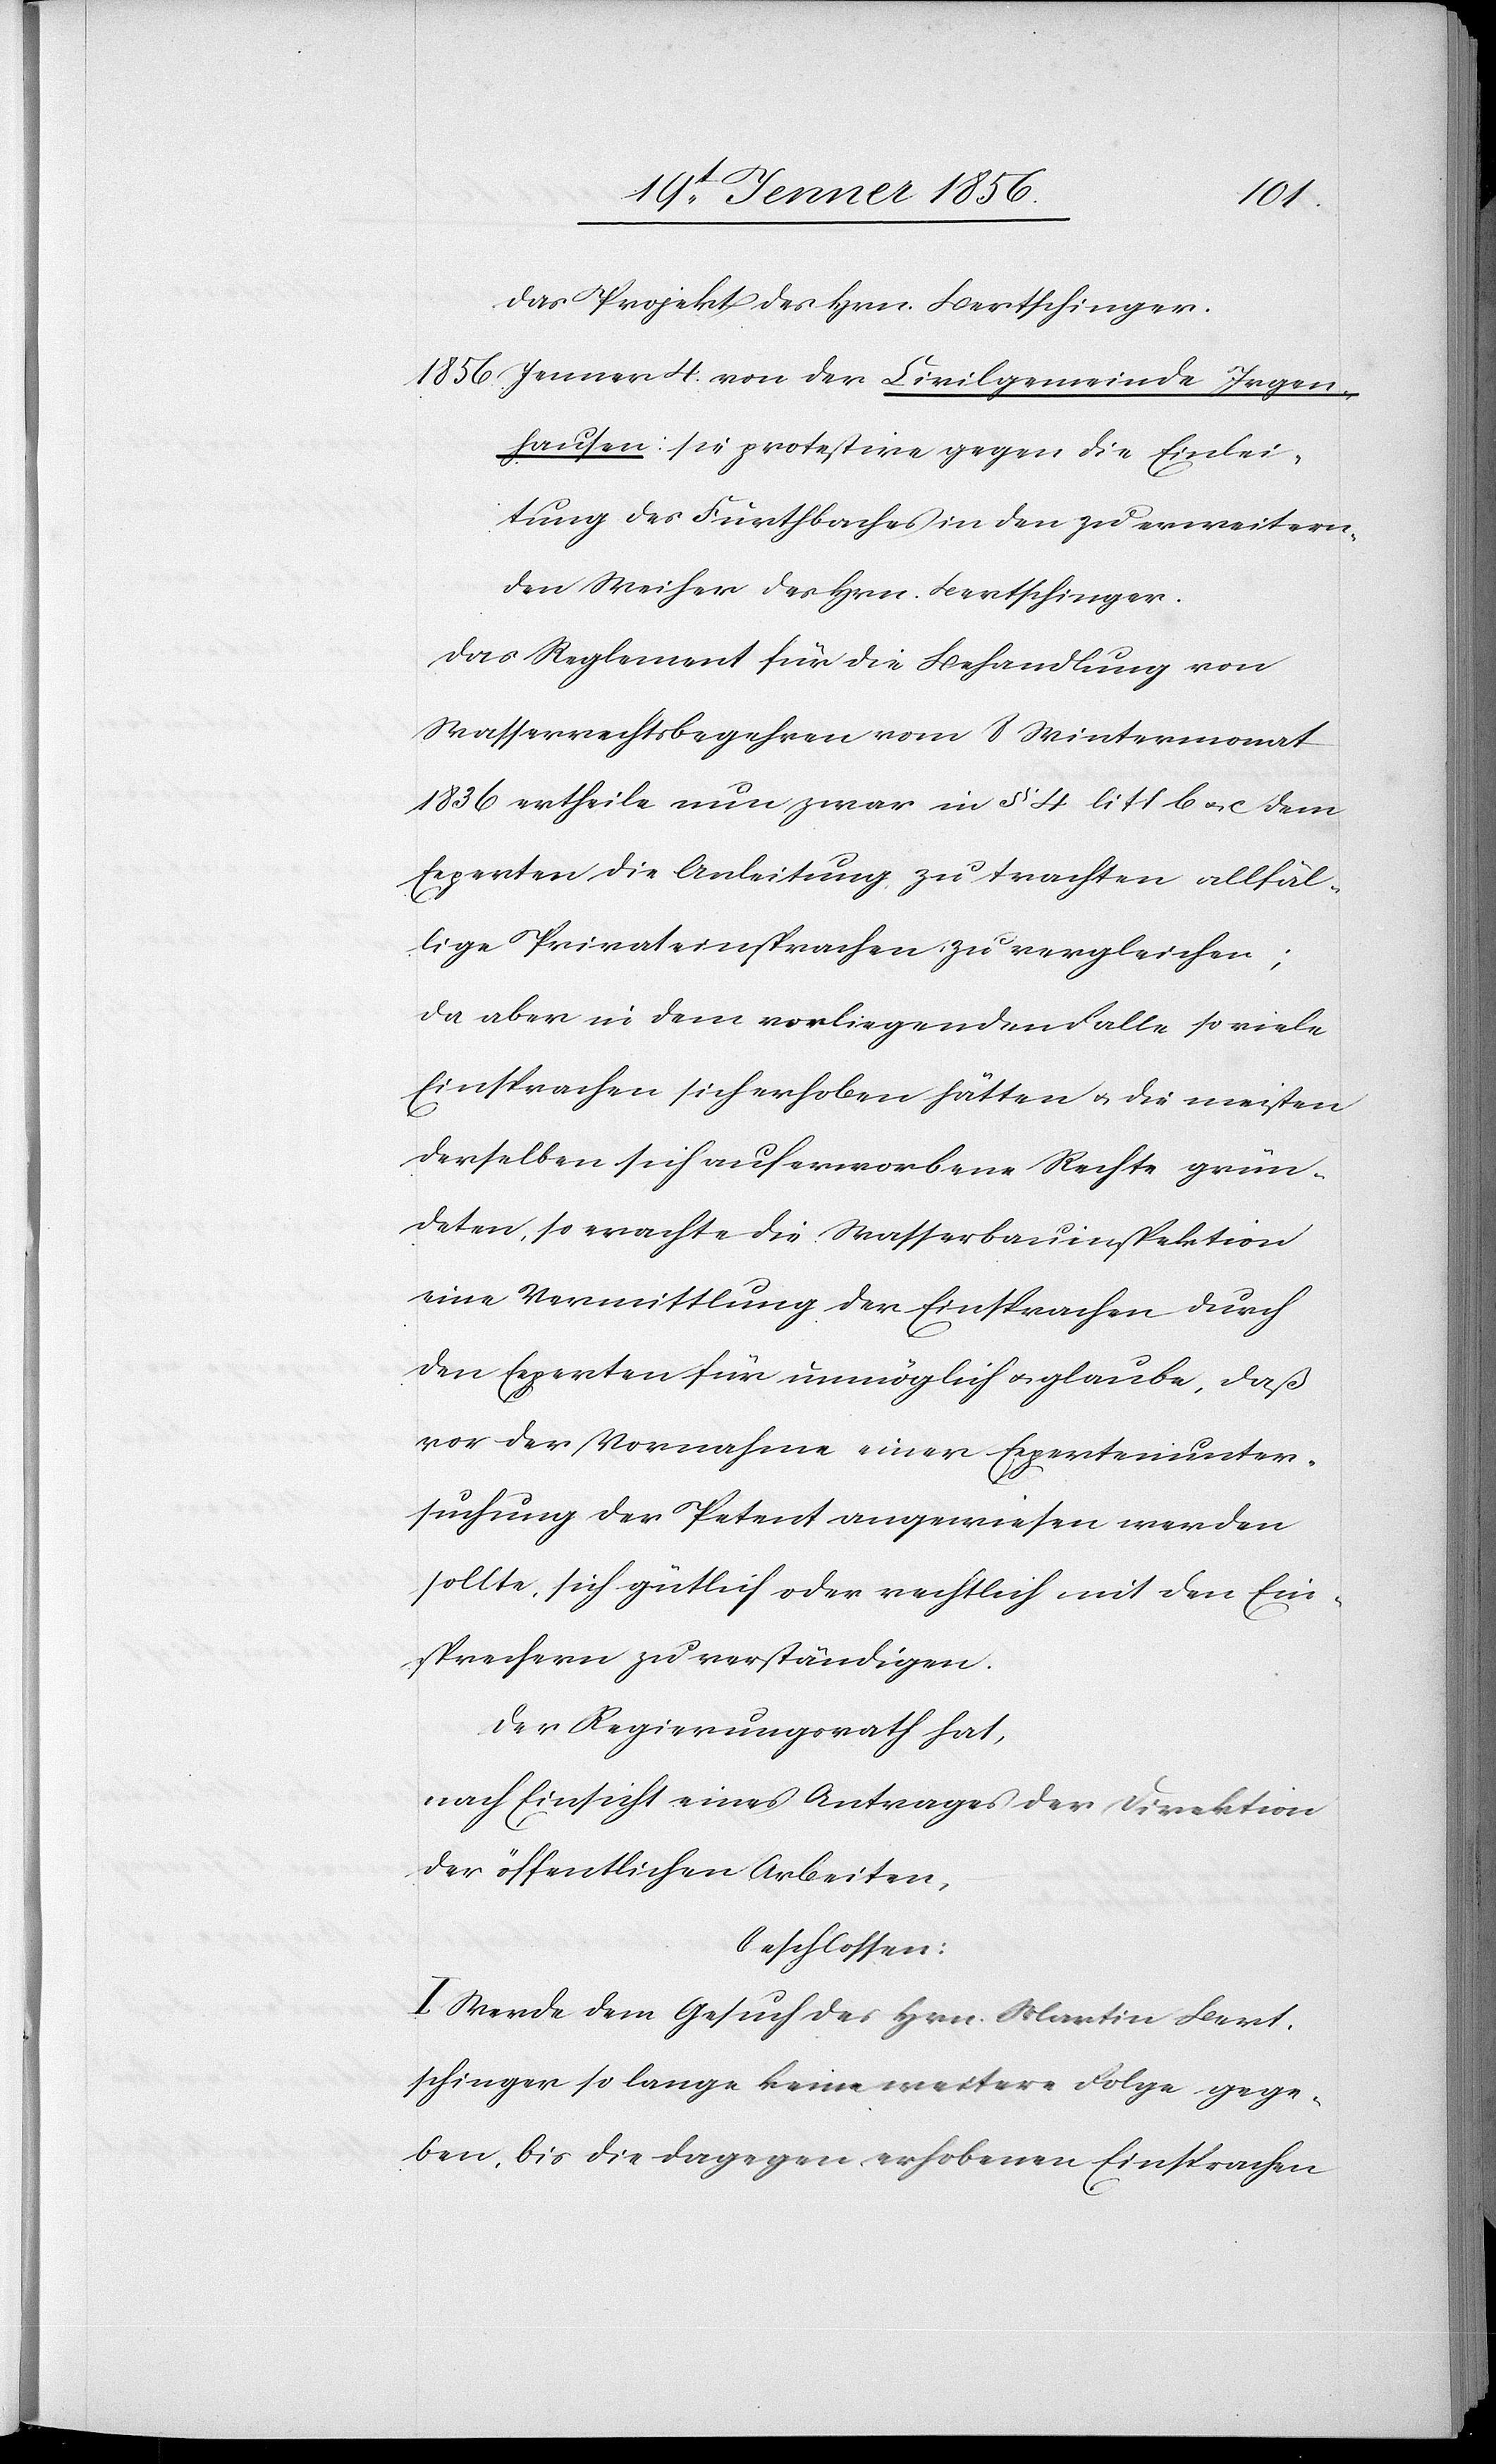
1856
das Projekt des Hrn. Bertschinger.
Jenner 4. von der Civilgemeinde Irgen¬
hausen: sie protestire gegen die Einlei¬
tung des Furthbaches in den zu erweitern¬
den Weisen des Hrn. Bertschinger.
Das Reglement für die Behandlung von
Wasserrechtsbegehren vom 8 Wintermonat
1836 ertheile nun zwar in § 4 litt b u. c dem
Experten die Anleitung, zu trachten allfäl¬
lige Privateinsprachen zu vergleichen;
da aber in dem vorliegenden Falle so viele
Einsprachen sich erhoben hätten u. die meisten
derselben sich auf erworbene Rechte grün¬
deten, so erachte die Wasserbauinspektion
eine Vermittlung der Einsprachen durch
den Experten für unmöglich u. glaube, daß
vor der Vornahme einer Expertenunter¬
suchung der Petent angewiesen werden
sollte, sich gütlich oder rechtlich mit den Ein¬
sprechern zu verständigen.
Der Regierungsrath hat,
nach Einsicht eines Antrages der Direktion
der öffentlichen Arbeiten,
beschlossen:
I. Werde dem Gesuch des Hrn. Martin Bert¬
schinger so lange keine weitere Folge gege¬
ben, bis die dagegen erhobenen Einsprachen